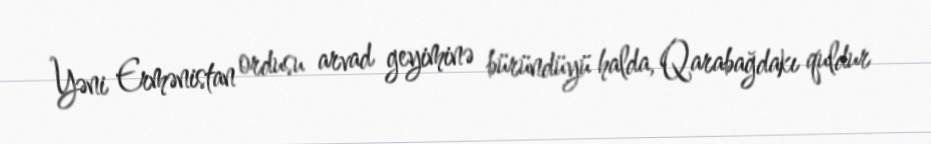
Yəni Ermənistan ordusu arvad geyiminə büründüyü halda, Qarabağdakı quldur